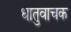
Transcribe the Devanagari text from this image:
धातुवाचक